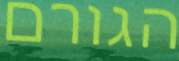
הגורם